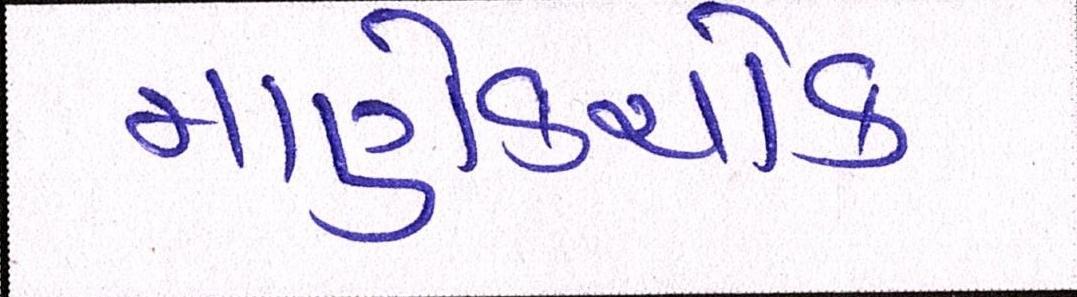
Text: માણેકચોક